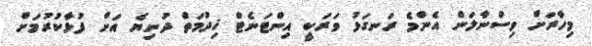
މިހާރަށް ވިސްނާލަން އެންމެ ރަނގަޅު ވަރަކީ އިންޓަނެޓް ޚިދުމަތް ދުނިޔެ އަށް ފުޅާކުރުމަށް